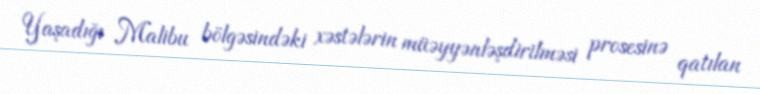
Yaşadığı Malibu bölgəsindəki xəstələrin müəyyənləşdirilməsi prosesinə qatılan